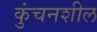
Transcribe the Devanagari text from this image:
कुंचनशील